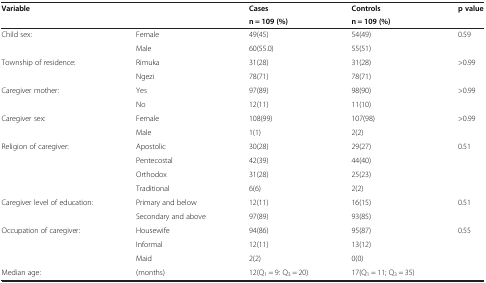
<table><thead><tr><td rowspan="2"><b>Variable</b></td><td rowspan="2"><b> </b></td><td><b>Cases</b></td><td><b>Controls</b></td><td rowspan="2"><b>p value</b></td></tr><tr><td><b>n = 109 (%)</b></td><td><b>n = 109 (%)</b></td></tr></thead><tbody><tr><td rowspan="2">Child sex:</td><td>Female</td><td>49(45)</td><td>54(49)</td><td rowspan="2">0.59</td></tr><tr><td>Male</td><td>60(55.0)</td><td>55(51)</td></tr><tr><td rowspan="2">Township of residence:</td><td>Rimuka</td><td>31(28)</td><td>31(28)</td><td rowspan="2">&gt;0.99</td></tr><tr><td>Ngezi</td><td>78(71)</td><td>78(71)</td></tr><tr><td rowspan="2">Caregiver mother:</td><td>Yes</td><td>97(89)</td><td>98(90)</td><td rowspan="2">&gt;0.99</td></tr><tr><td>No</td><td>12(11)</td><td>11(10)</td></tr><tr><td rowspan="2">Caregiver sex:</td><td>Female</td><td>108(99)</td><td>107(98)</td><td rowspan="2">&gt;0.99</td></tr><tr><td>Male</td><td>1(1)</td><td>2(2)</td></tr><tr><td rowspan="4">Religion of caregiver:</td><td>Apostolic</td><td>30(28)</td><td>29(27)</td><td rowspan="4">0.51</td></tr><tr><td>Pentecostal</td><td>42(39)</td><td>44(40)</td></tr><tr><td>Orthodox</td><td>31(28)</td><td>25(23)</td></tr><tr><td>Traditional</td><td>6(6)</td><td>2(2)</td></tr><tr><td rowspan="2">Caregiver level of education:</td><td>Primary and below</td><td>12(11)</td><td>16(15)</td><td rowspan="2">0.51</td></tr><tr><td>Secondary and above</td><td>97(89)</td><td>93(85)</td></tr><tr><td rowspan="3">Occupation of caregiver:</td><td>Housewife</td><td>94(86)</td><td>95(87)</td><td rowspan="3">0.55</td></tr><tr><td>Informal</td><td>12(11)</td><td>13(12)</td></tr><tr><td>Maid</td><td>2(2)</td><td>0(0)</td></tr><tr><td>Median age:</td><td>(months)</td><td>12(Q<sub>1</sub> = 9: Q<sub>3</sub> = 20)</td><td>17(Q<sub>1</sub> = 11; Q<sub>3</sub> = 35)</td><td> </td></tr></tbody></table>